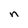
Character: n